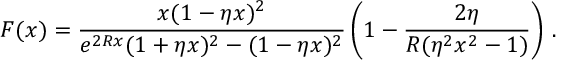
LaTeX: F ( x ) = \frac { x ( 1 - \eta x ) ^ { 2 } } { e ^ { 2 R x } ( 1 + \eta x ) ^ { 2 } - ( 1 - \eta x ) ^ { 2 } } \left( 1 - \frac { 2 \eta } { R ( \eta ^ { 2 } x ^ { 2 } - 1 ) } \right) \, { . }